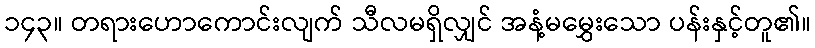
၁၄၃။ တရားဟောကောင်းလျက် သီလမရှိလျှင် အနံ့မမွှေးသော ပန်းနှင့်တူ၏။